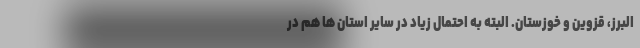
البرز، قزوین و خوزستان. البته به احتمال زیاد در سایر استان ها هم در